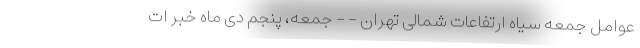
عوامل جمعه سیاه ارتفاعات شمالی تهران - - جمعه، پنجم دی ماه خبر ات